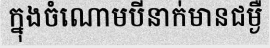
ក្នុងចំណោមបីនាក់មានជម្ងឺ